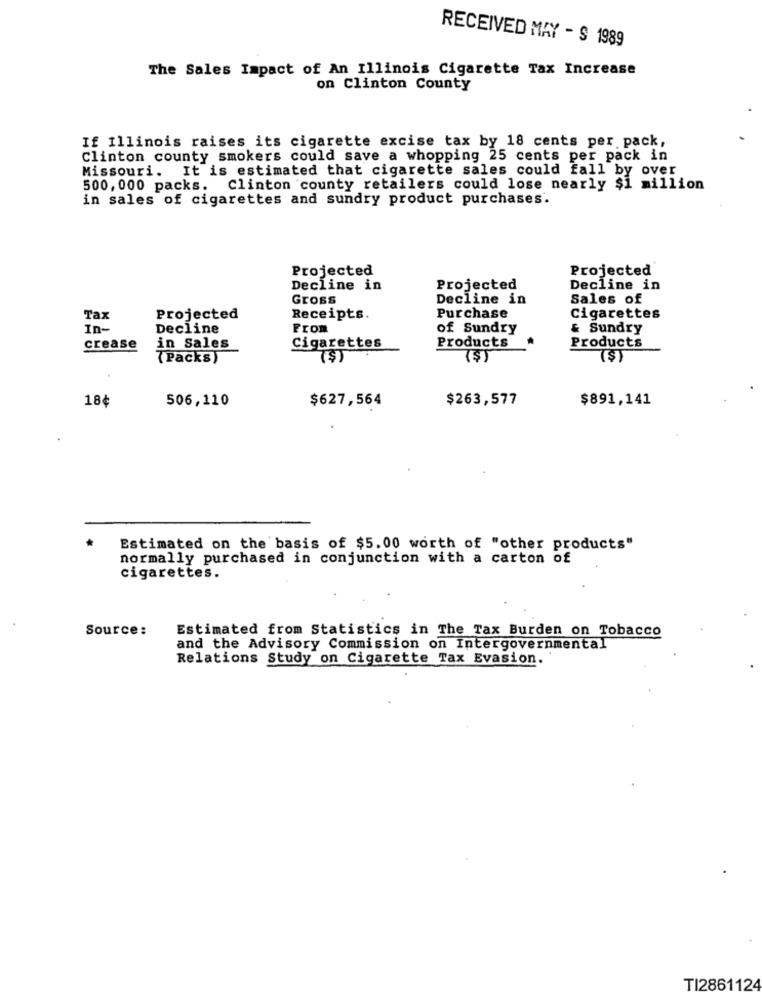
RECEIVED MAY - $ 1989
The Sales Impact of An Illinois Cigarette Tax Increase
on Clinton County
If Illinois raises its cigarette excise tax by 18 cents per pack,
Clinton county smokers could save a whopping 25 cents per pack in
Missouri. It is estimated that cigarette sales could fall by over
500, 000 packs. Clinton county retailers could lose nearly $1 million
in sales of cigarettes and sundry product purchases.
Projected
Projected
Decline in
Projected
Decline in
Gross
Decline in
Sales of
Tax
Projected
Receipts.
Purchase
Cigarettes
In-
Decline
From
of Sundry
& Sundry
crease
in Sales
Cigarettes
Products
Products
(Packs)
(S)
(S)
(S)
506,110
$627,564
$263,577
$891,141
18¢
Estimated on the basis of $5.00 worth of "other products"
normally purchased in conjunction with a carton of
cigarettes.
Source:
Estimated from Statistics in The Tax Burden on Tobacco
and the Advisory Commission on Intergovernmental
Relations Study on Cigarette Tax Evasion.
TI2861124